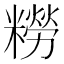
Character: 𫃑